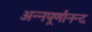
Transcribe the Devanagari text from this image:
अन्नपूर्णानन्द